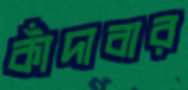
কাঁদাবার